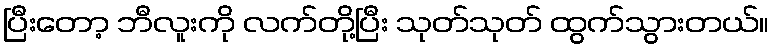
ပြီးတော့ ဘီလူးကို လက်တို့ပြီး သုတ်သုတ် ထွက်သွားတယ်။